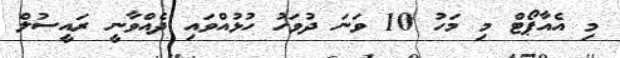
މި އެއާޕޯޓް މި މަހު 10 ވަނަ ދުވަހު ހުޅުއްވައި ދެއްވާނީ ރައީސުލް